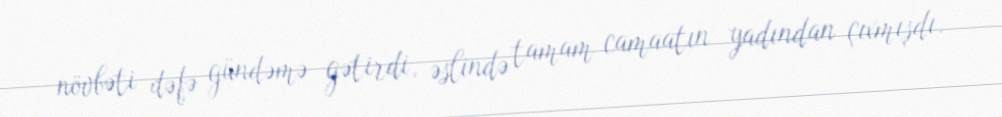
növbəti dəfə gündəmə gətirdi, əslində tamam camaatın yadından çıxmışdı.